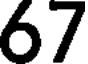
67